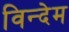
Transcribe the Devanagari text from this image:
विन्देम